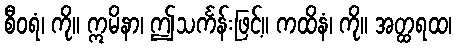
စီဝရံ၊ ကို။ ဣမိနာ၊ ဤသင်္ကန်းဖြင့်။ ကထိနံ၊ ကို။ အတ္ထရထ၊